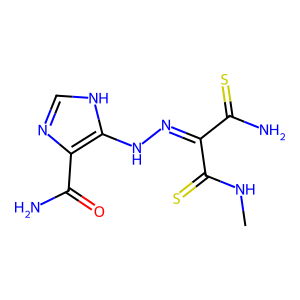
SMILES: CNC(=S)C(=NNc1[nH]cnc1C(N)=O)C(N)=S
Inhibits HIV replication: No